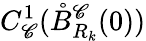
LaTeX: C_{\mathscr{C}}^{1}(\mathring{B}_{R_{k}}^{\mathscr{C}}(0))